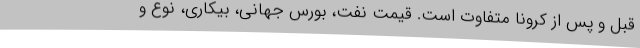
قبل و پس از کرونا متفاوت است. قیمت نفت، بورس جهانی، بیکاری، نوع و